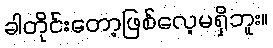
ခါတိုင်းတော့ဖြစ်လေ့မရှိဘူး။